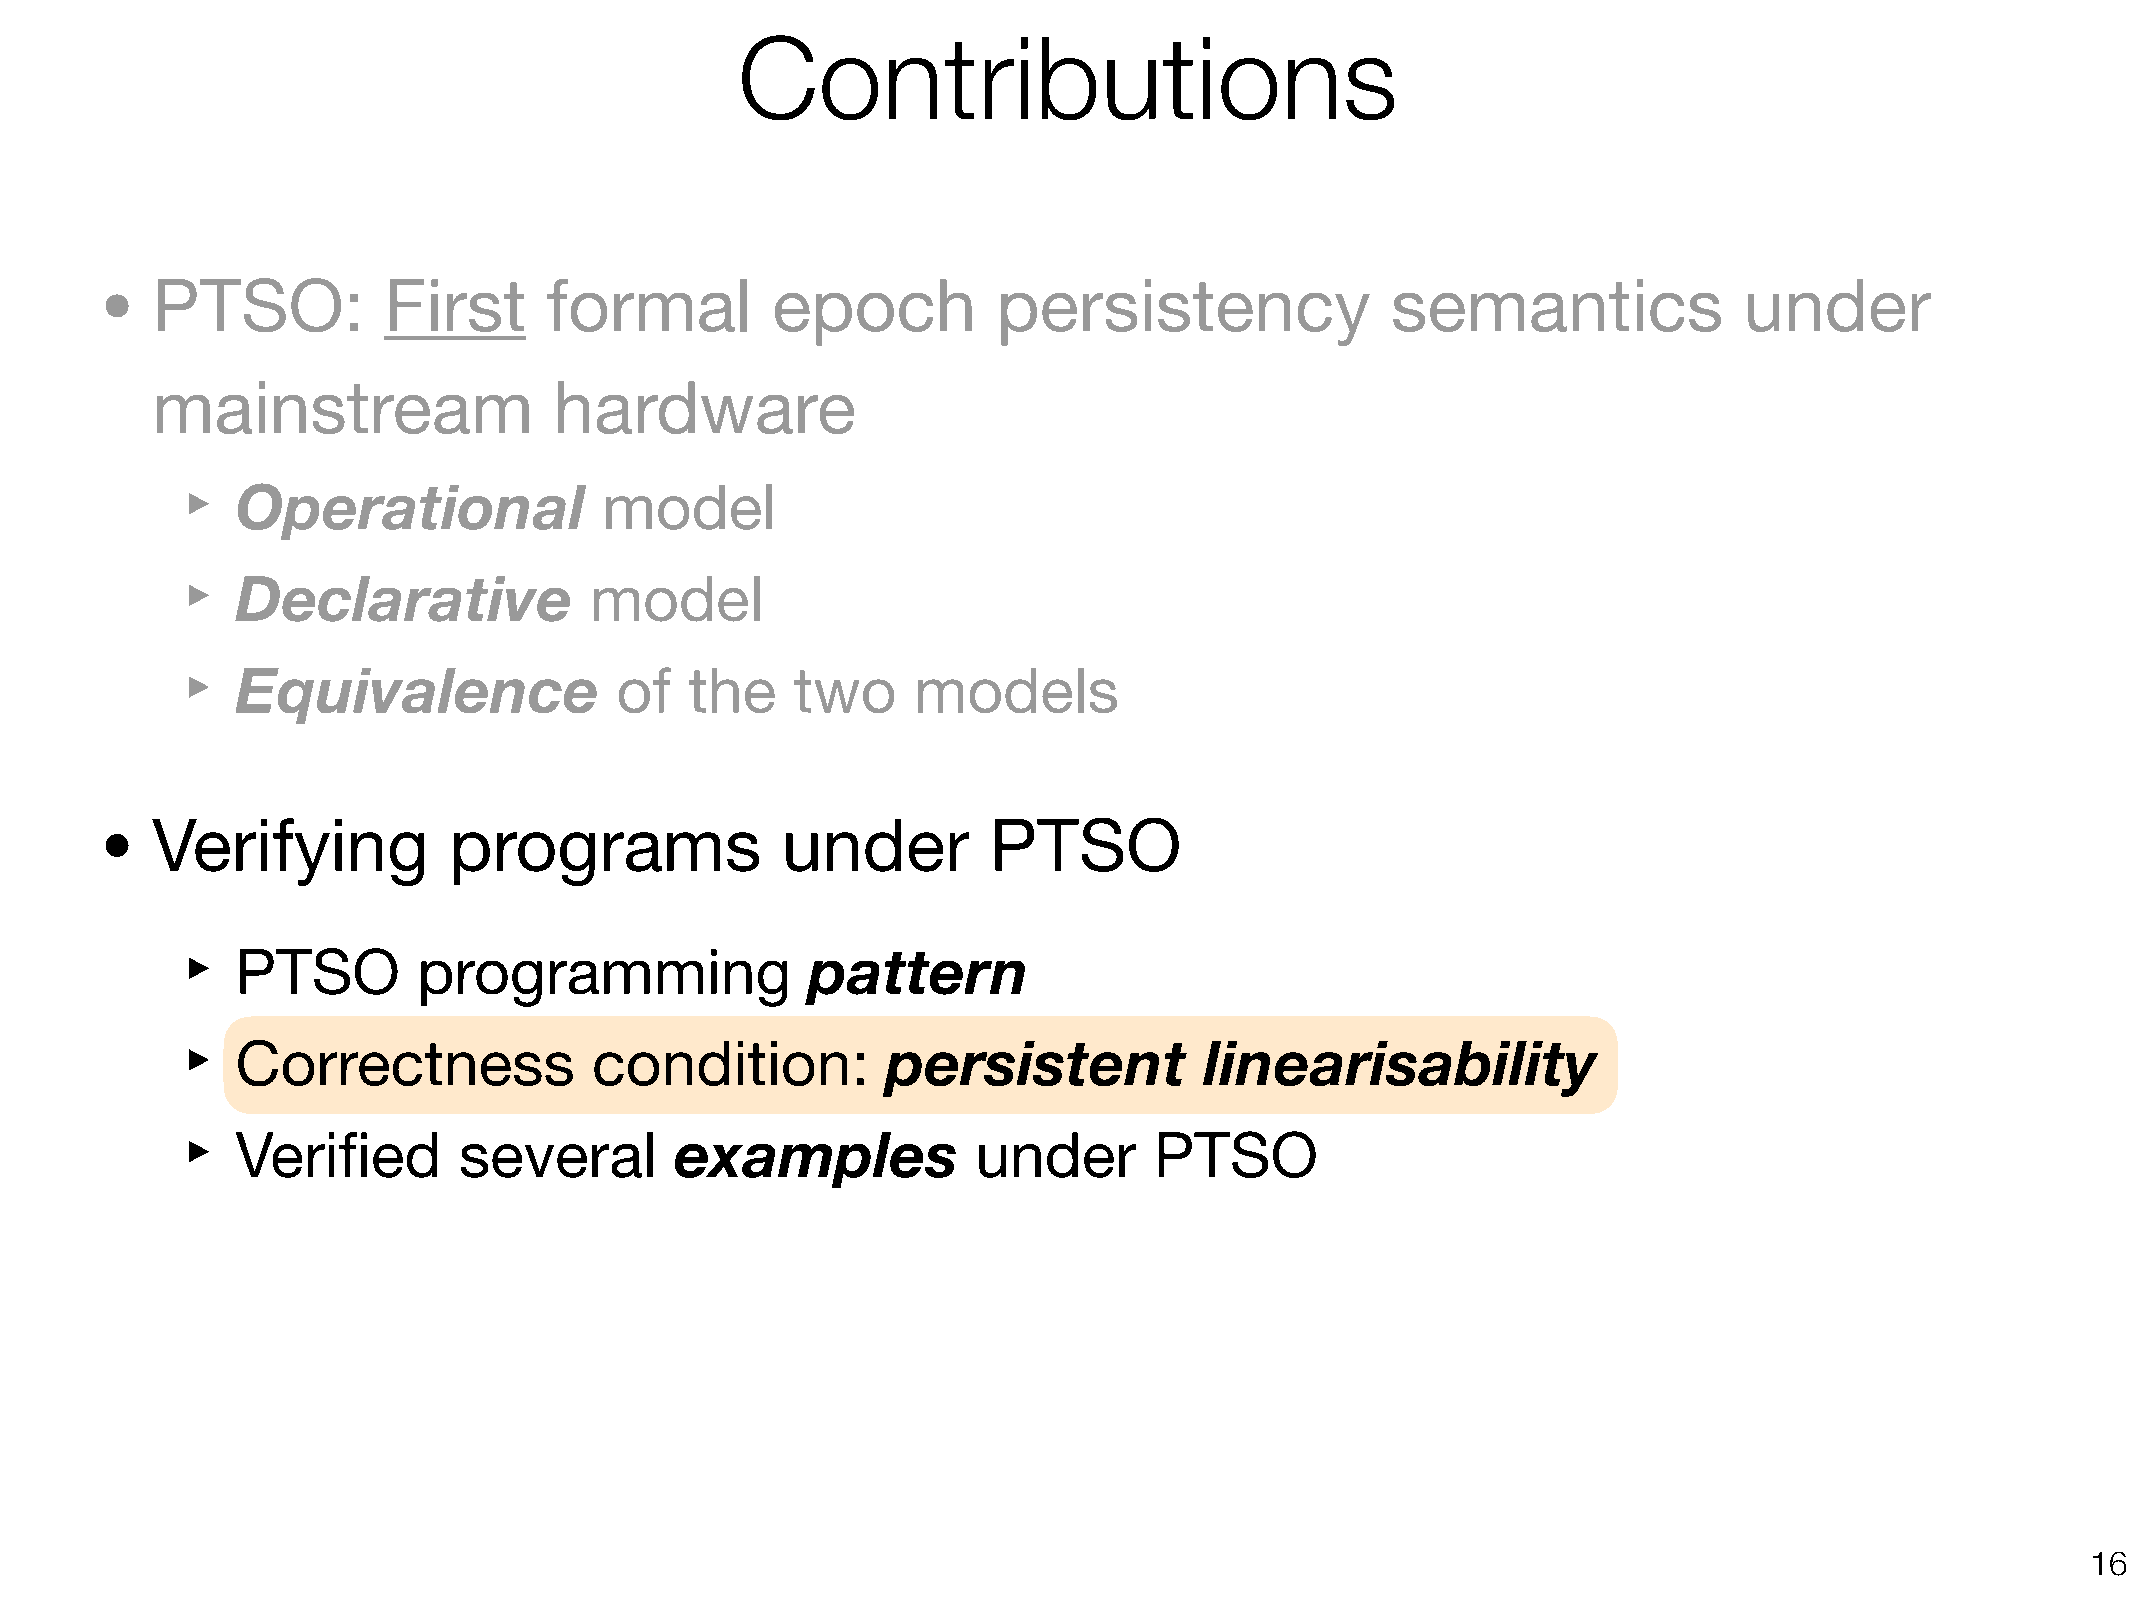
Contributions
 •
 PTSO:          First      formal         epoch          persistency               semantics              under
 mainstream                 hardware
 ‣
 Operational             model
 ‣
 Declarative            model
 ‣
 Equivalence              of   the    two    models
 •
 Verifying           programs              under         PTSO
 ‣
 PTSO        programming               pattern
 ‣
 Correctness            condition:          persistent           linearisability
 ‣
 Verified      several        examples            under      PTSO
 !16